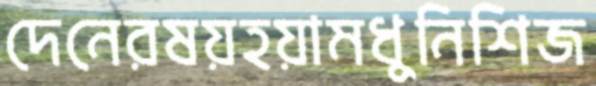
দেনেরষয়হয়ামধুনিশিজ